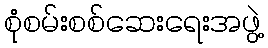
စုံစမ်းစစ်ဆေးရေးအဖွဲ့